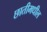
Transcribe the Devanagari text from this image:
छातीमधील